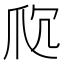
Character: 𬋤